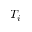
T _ { i }